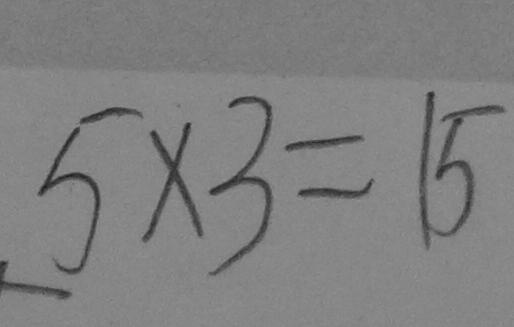
5 \times 3 = 1 5